Problem: 8 + 49 = ?
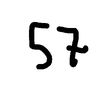
Handwritten answer: 57